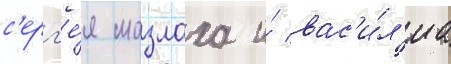
с'ерг'е́я мазлаха и́ вас'и́л'иа